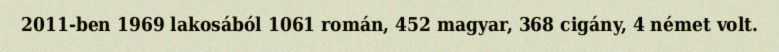
2011-ben 1969 lakosából 1061 román, 452 magyar, 368 cigány, 4 német volt.